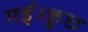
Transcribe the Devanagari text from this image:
गई।कुछ